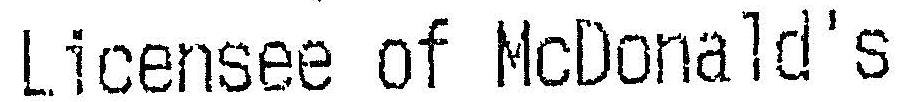
LICENSEE OF MCDONALD'S